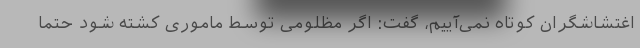
اغتشاشگران کوتاه نمی‌آییم، گفت: اگر مظلومی توسط ماموری کشته شود حتما